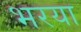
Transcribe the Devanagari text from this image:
भरया